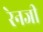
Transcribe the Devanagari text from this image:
रेनजी